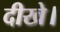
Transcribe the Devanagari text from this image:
दीखे।